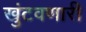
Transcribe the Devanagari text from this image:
खुंटवणारी